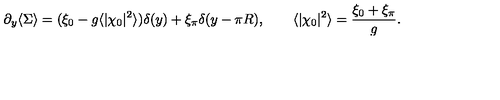
\partial _ { y } \langle \Sigma \rangle = ( \xi _ { 0 } - g \langle | \chi _ { 0 } | ^ { 2 } \rangle ) \delta ( y ) + \xi _ { \pi } \delta ( y - \pi R ) , \qquad \langle | \chi _ { 0 } | ^ { 2 } \rangle = { \frac { \xi _ { 0 } + \xi _ { \pi } } { g } } .